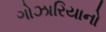
ગોઝારિયાનો